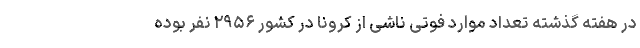
در هفته گذشته تعداد موارد فوتی ناشی از کرونا در کشور ۲۹۵۶ نفر بوده